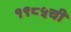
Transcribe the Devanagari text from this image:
१९८५ची